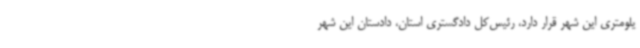
یلومتری این شهر قرار دارد، رئیس‌کل دادگستری استان، دادستان این شهر